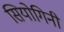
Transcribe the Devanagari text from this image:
सियोगिनी